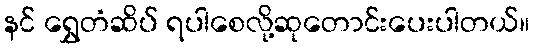
နင် ရွှေတံဆိပ် ရပါစေလို့ဆုတောင်းပေးပါတယ်။